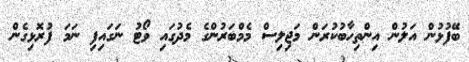
ބޭފުޅުން އަލުން އިންތިހާބުކުރަން މަޖިލިސް މެމްބަރުންގެ މެދުގައި ވޯޓު ނަގައިފި ނަމަ ފުރޮޅިގެން